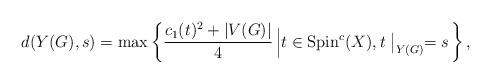
LaTeX: \begin{align*}d(Y(G), s)=\max \left\{\dfrac{c_{1}(t)^{2}+\vert V(G)\vert}{4} \left| t\in {\rm Spin}^{c}(X), t\bigm|_{Y(G)}=s \right. \right\},\end{align*}